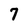
Character: 7